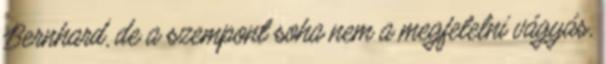
Bernhard, de a szempont soha nem a megfelelni vágyás,